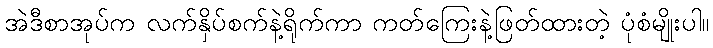
အဲဒီစာအုပ်က လက်နှိပ်စက်နဲ့ရိုက်ကာ ကတ်ကြေးနဲ့ဖြတ်ထားတဲ့ ပုံစံမျိုးပါ။